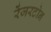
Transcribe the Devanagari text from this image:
रेंजरटोन